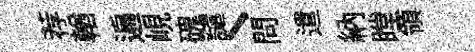
荐輶遍峴磈譴丶問遣納瞠領